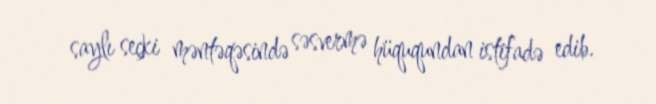
saylı seçki məntəqəsində səsvermə hüququndan istifadə edib.